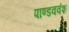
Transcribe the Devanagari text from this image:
पाण्डववंश